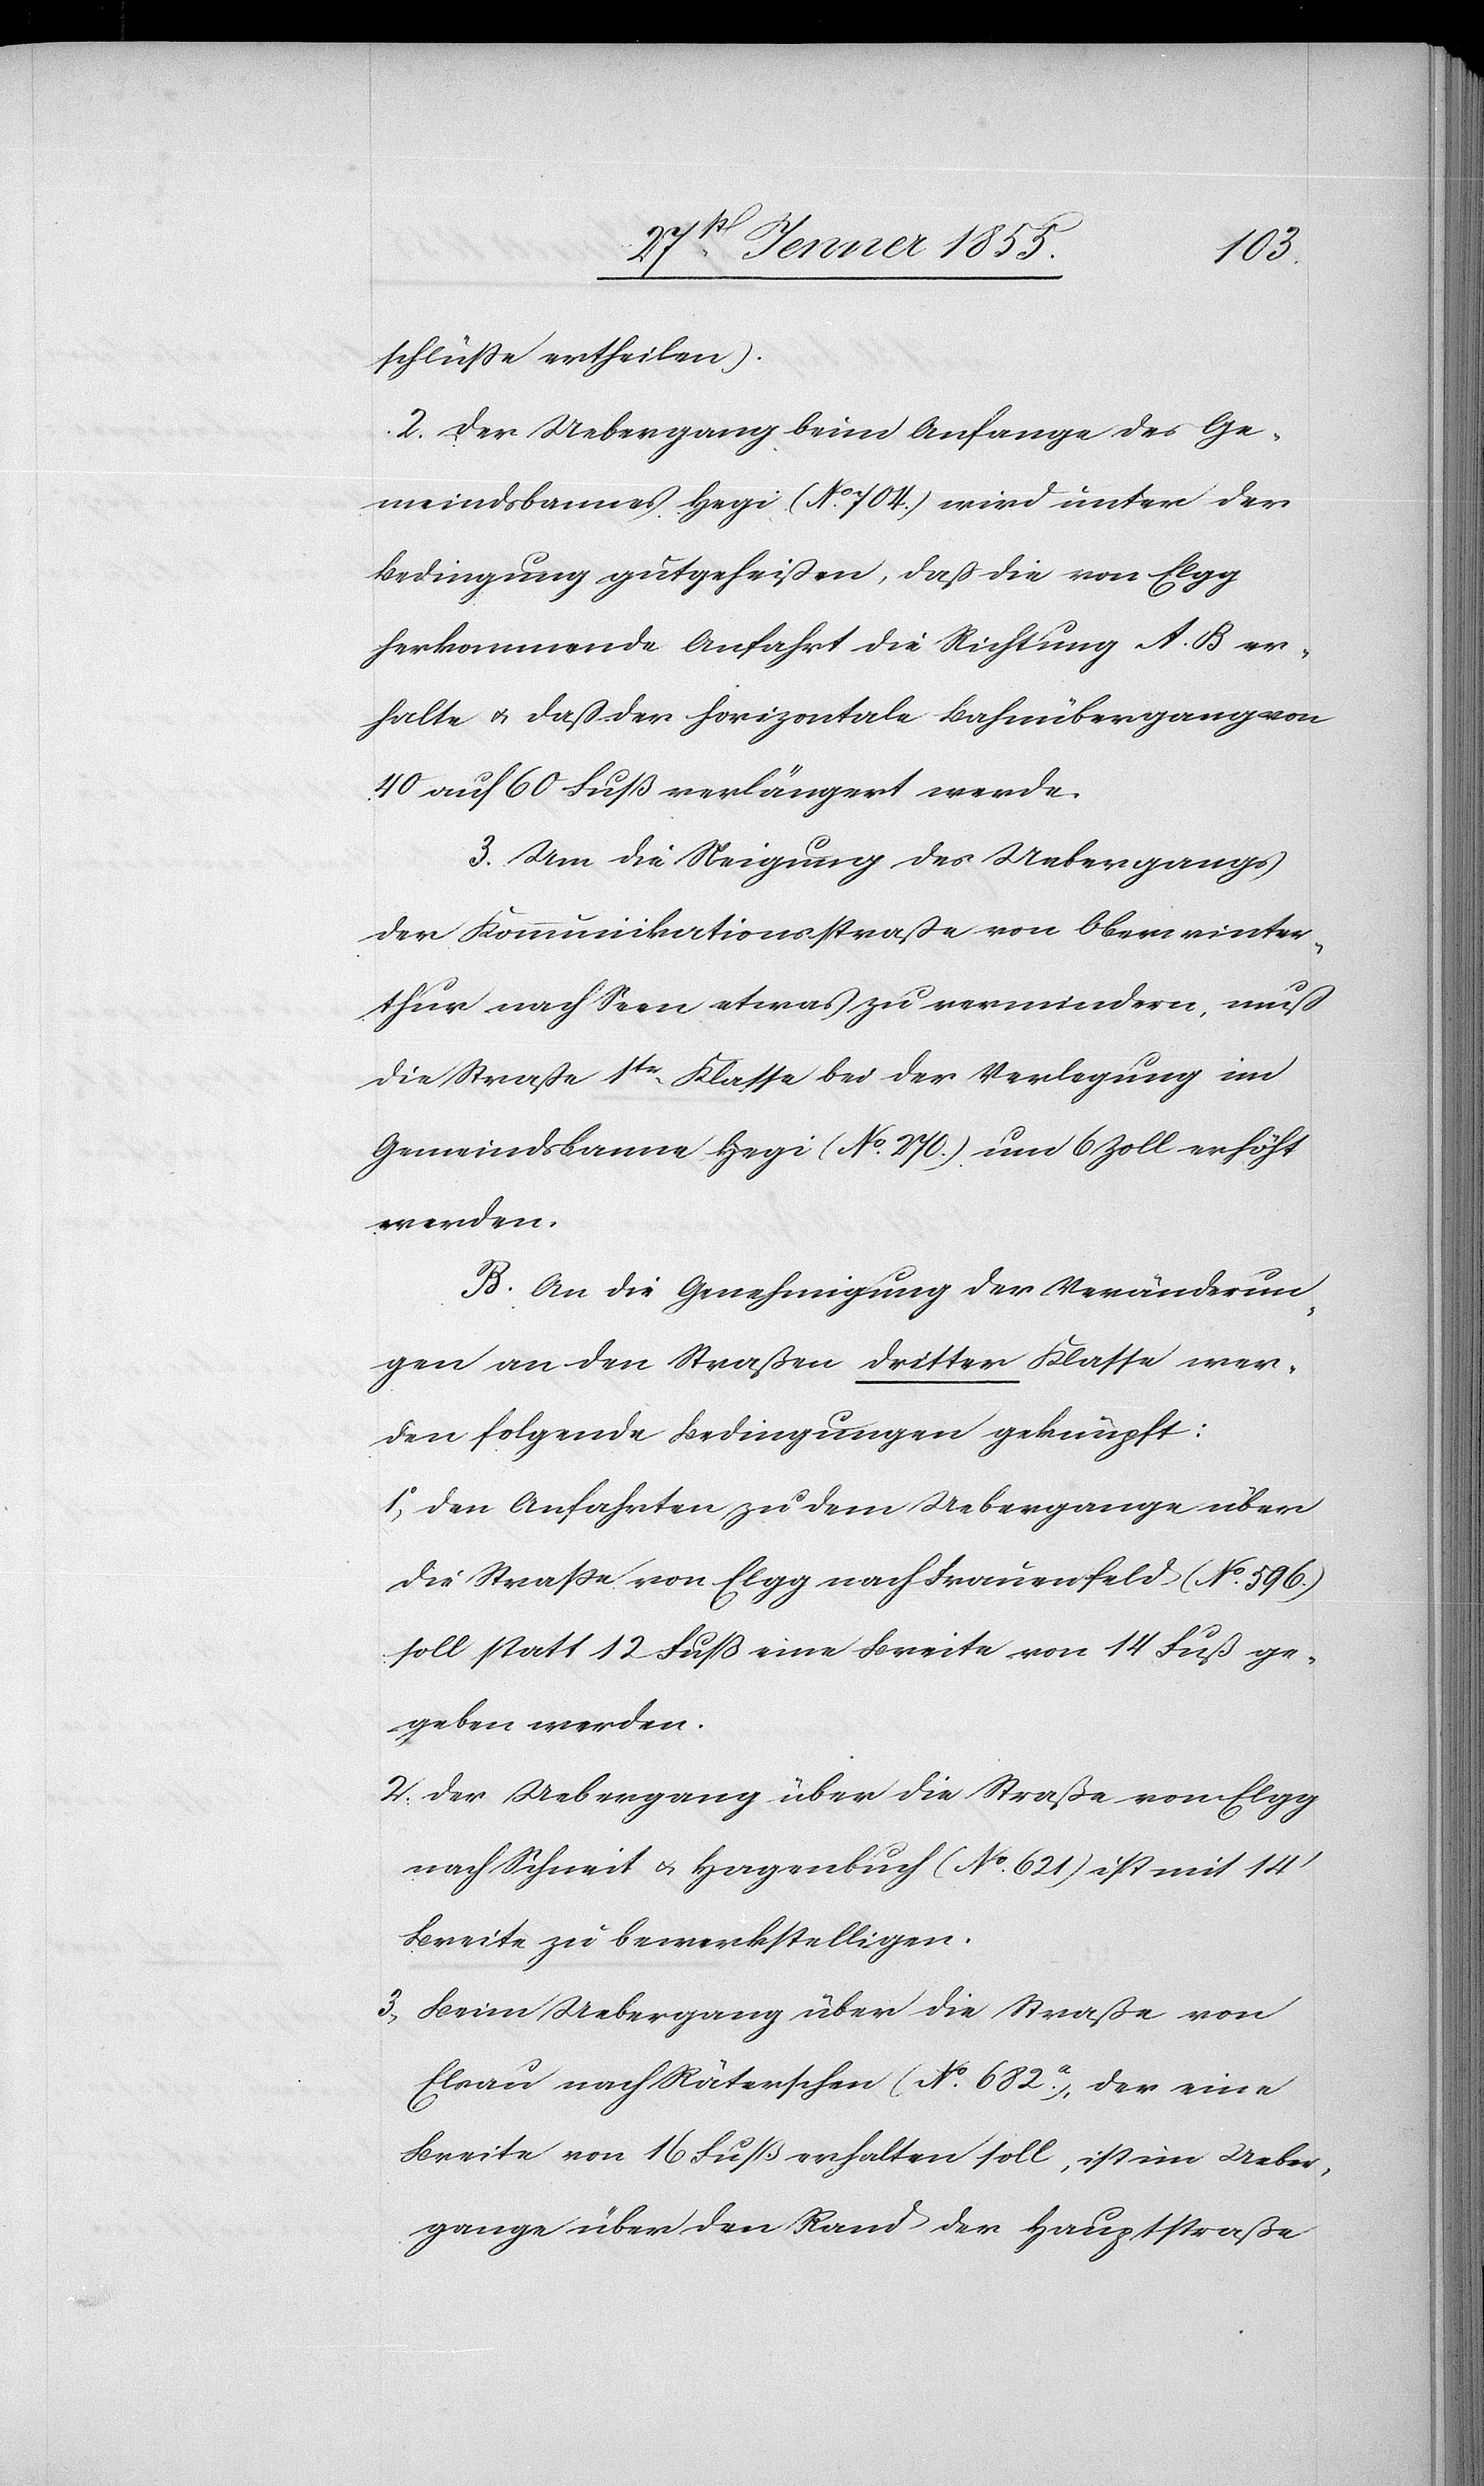
1o,
schlüße ertheilen).
2. Der Uebergang beim Anfange des Ge¬
meindsbannes Hegi (No. 704.) wird unter der
Bedingung gutgeheißen, daß die von Elgg
herkommende Anfahrt die Richtung A. B er¬
halte & daß der horizontale Bahnübergang von
40 auf 60 Fuß verlängert werde.
3. Um die Neigung des Uebergangs
der Kommunikationsstraße von Oberwinter¬
thur nach Seen etwas zu vermindern, muß
die Straße 1tr. Klasse bei der Verlegung im
Gemeindsbanne Hegi (No. 270.) um 6 Zoll erhöht
werden.
B. An die Genehmigung der Veränderun¬
gen an den Straßen dritter Klasse wer¬
den folgende Bedingungen geknüpft:
Den Anfahrten zu dem Uebergange über
die Straße von Elgg nach Frauenfeld (No. 596.)
soll statt 12 Fuß eine Breite von 14 Fuß ge¬
geben werden.
Der Uebergang über die Straße von Elgg
nach Schneit & Hagenbuch (No. 621) ist mit 14‘
Breite zu bewerkstelligen.
Beim Uebergang über die Straße von
Elsau nach Räterschen (No. 682.a), der eine
Breite von 16 Fuß erhalten soll, ist im Ueber¬
gange über den Rand der Hauptstraße